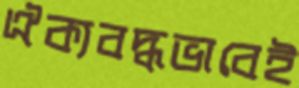
ঐক্যবদ্ধভাবেই